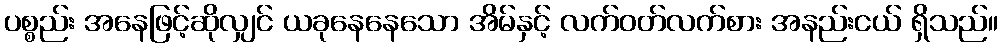
ပစ္စည်း အနေဖြင့်ဆိုလျှင် ယခုနေနေသော အိမ်နှင့် လက်ဝတ်လက်စား အနည်းငယ် ရှိသည်။